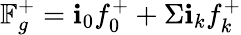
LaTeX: \mathbb{F}_{g}^{+}=\textbf{i}_{0}f_{0}^{+}+\Sigma\textbf{i}_{k}f_{k}^{+}